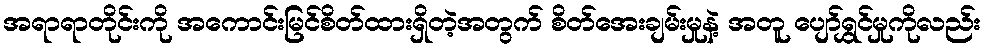
အရာရာတိုင်းကို အကောင်းမြင်စိတ်ထားရှိတဲ့အတွက် စိတ်အေးချမ်းမှုနဲ့ အတူ ပျော်ရွှင်မှုကိုလည်း